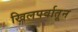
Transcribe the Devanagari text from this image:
खिलपर्वातून